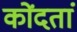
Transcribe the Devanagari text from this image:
कोंदतां